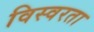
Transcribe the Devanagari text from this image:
विस्वरता